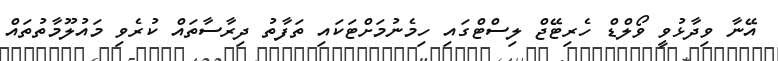
އޭނާ ވިދާޅުވީ ވޯލްޑް ހެރިޓޭޖް ލިސްޓްގައި ހިމެނުމަށްޓަކައި ތަފާތު ދިރާސާތައް ކުރެވި މައުލޫމާތުތައް